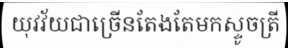
យុវវ័យជាច្រើនតែងតែមកស្ទូចត្រី